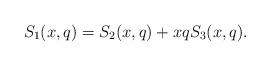
LaTeX: \begin{align*}S_1(x,q)=S_2(x,q)+xqS_3(x,q).\end{align*}